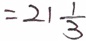
= 2 1 \frac { 1 } { 3 }